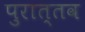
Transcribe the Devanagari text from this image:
पुरात्‍तव